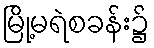
မြို့မရဲစခန်း၌